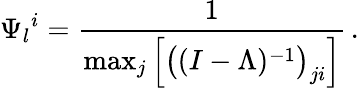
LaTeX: {\Psi_{l}}^{i}=\frac{1}{\operatorname*{max}_{j}\Big[\big((I-\Lambda)^{-1}\big)_{ji}\Big]}\, .